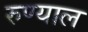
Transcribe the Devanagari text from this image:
रुण्याल